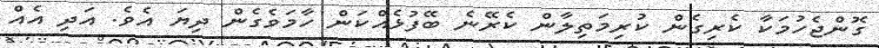
ގޮންޖެހުމަކާ ކެރިގެން ކުރިމަތިލާން ކެރޭނެ ބޭފުޅެއްކަން ހާމަވެގެން ދިޔަ އެވެ. އަދި އެއް